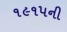
૧૯૧૫ની